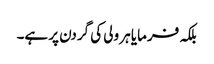
بلکہ فرمایا ہر ولی کی گردن پر ہے۔